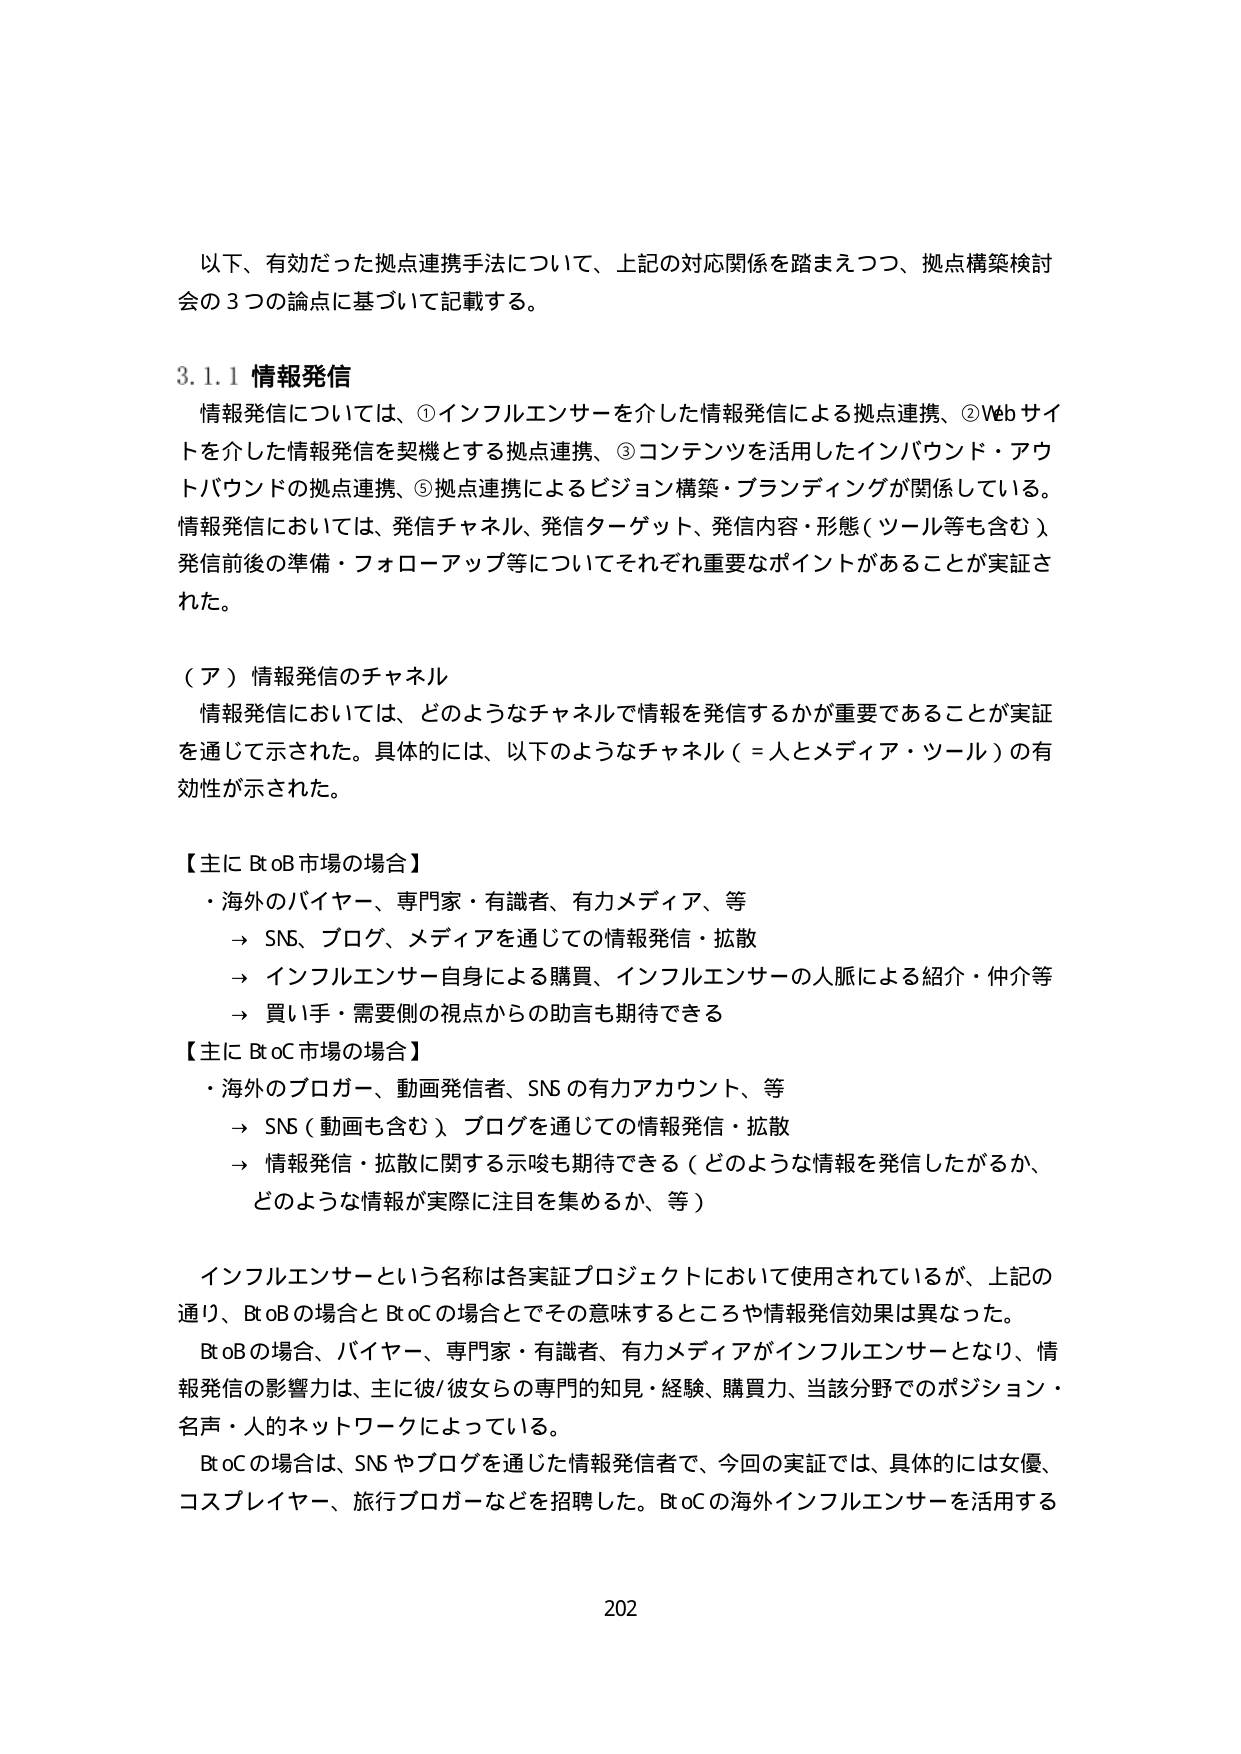
以下、有効だった拠点連携手法について、上記の対応関係を踏まえつつ、拠点構築検討会の３つの論点に基づいて記載する。

3.1.1 情報発信
情報発信については、①インフルエンサーを介した情報発信による拠点連携、②Webサイトを介した情報発信を契機とする拠点連携、③コンテンツを活用したインバウンド・アウトバウンドの拠点連携、⑤拠点連携によるビジョン構築・ブランディングが関係している。情報発信においては、発信チャネル、発信ターゲット、発信内容・形態（ツール等も含む）発信前後の準備・フォローアップ等についてそれぞれ重要なポイントがあることが実証された。

（ア）情報発信のチャネル
情報発信においては、どのようなチャネルで情報を発信するかが重要であることが実証を通じて示された。具体的には、以下のようなチャネル（＝人とメディア・ツール）の有効性が示された。

【主にBtoB市場の場合】
・海外のバイヤー、専門家・有識者、有力メディア、等
　→ SNS、ブログ、メディアを通じての情報発信・拡散
　→ インフルエンサー自身による購買、インフルエンサーの人脈による紹介・仲介等
　→ 買い手・需要側の視点からの助言も期待できる

【主にBtoC市場の場合】
・海外のブロガー、動画発信者、SNSの有力アカウント、等
　→ SNS（動画も含む）、ブログを通じての情報発信・拡散
　→ 情報発信・拡散に関する示唆も期待できる（どのような情報を発信したがるか、どのような情報が実際に注目を集めるか、等）

インフルエンサーという名称は各実証プロジェクトにおいて使用されているが、上記の通り、BtoBの場合とBtoCの場合とでその意味するところや情報発信効果は異なった。
BtoBの場合、バイヤー、専門家・有識者、有力メディアがインフルエンサーとなり、情報発信の影響力は、主に彼/彼女らの専門的知見・経験、購買力、当該分野でのポジション・名声・人的ネットワークによっている。
BtoCの場合、SNSやブログを通じた情報発信者で、今回の実証では、具体的には女優、コスプレイヤー、旅行ブロガーなどを招聘した。BtoCの海外インフルエンサーを活用する

202